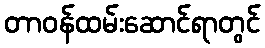
တာဝန်ထမ်းဆောင်ရာတွင်